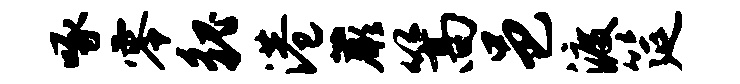
啄零貌港蕨篙邑渡筵